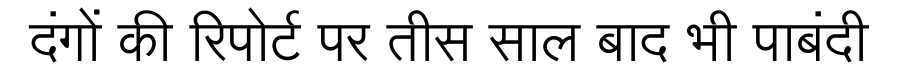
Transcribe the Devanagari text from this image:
दंगों की रिपोर्ट पर तीस साल बाद भी पाबंदी